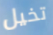
تخيل